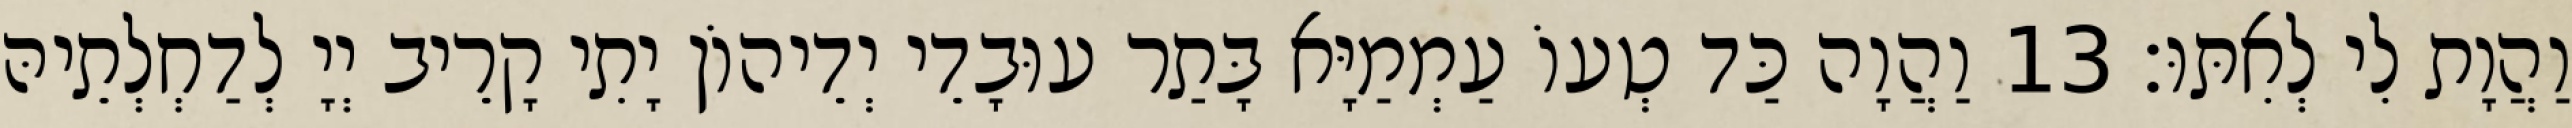
וַהֲוָת לִי לְאִתּוּ׃ 13 וַהֲוָה כַּד טְעוֹ עַמְמַיָּא בָּתַר עוּבָדֵי יְדֵיהוֹן יָתִי קָרֵיב יְיָ לְדַחְלְתֵיהּ